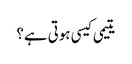
یتیمی کیسی ہوتی ہے؟